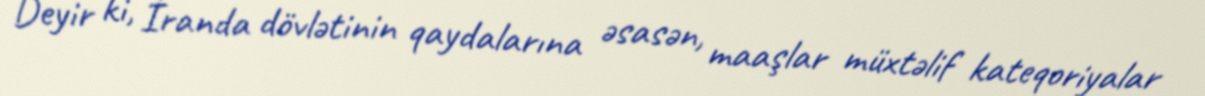
Deyir ki, İranda dövlətinin qaydalarına əsasən, maaşlar müxtəlif kateqoriyalar